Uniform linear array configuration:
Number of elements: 8
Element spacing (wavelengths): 0.5
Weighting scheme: kaiser
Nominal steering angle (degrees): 30
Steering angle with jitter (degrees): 31.581
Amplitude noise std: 0.05
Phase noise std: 0.05

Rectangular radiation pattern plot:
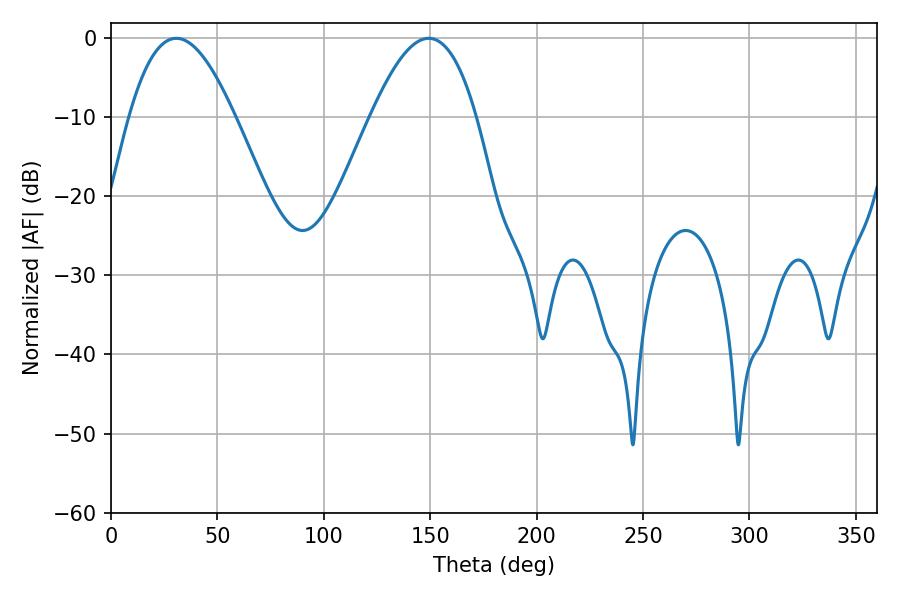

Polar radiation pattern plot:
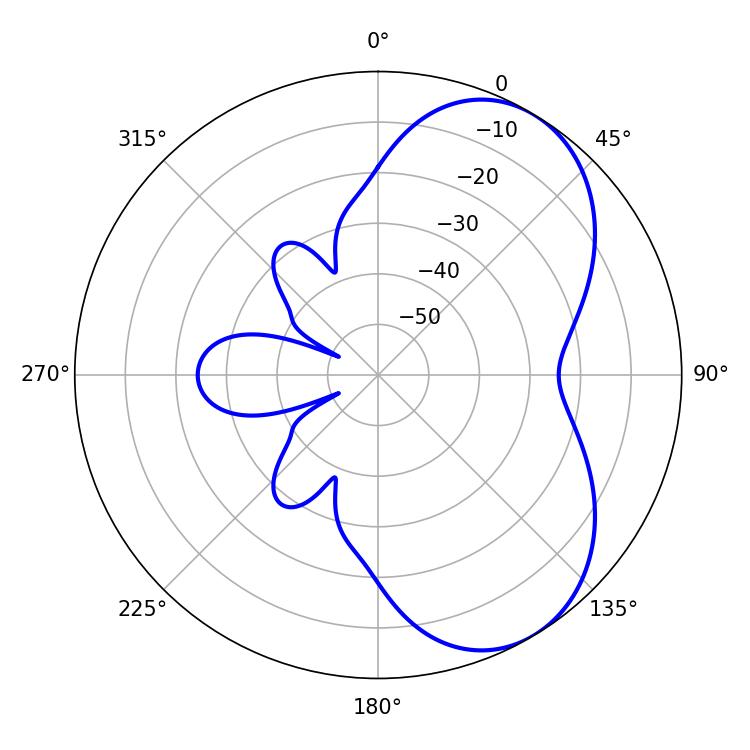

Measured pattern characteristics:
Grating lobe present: FALSE
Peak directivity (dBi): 5.706
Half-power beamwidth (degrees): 27
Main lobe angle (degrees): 30.78